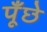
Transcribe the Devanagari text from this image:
पूँछे